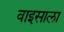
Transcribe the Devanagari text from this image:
वाइसाला